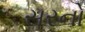
સરનો